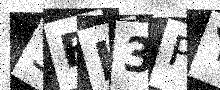
Text: SFH3PY